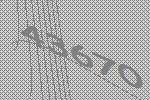
43670